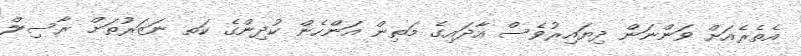
އެތެރެއަށް ވަންނަން ދިޔައިރުވެސް އާދައިގެ މަތިން އަންހެން ކުދިންގެ ކަތ ނަޒަރުތަށް ރާސިލް